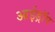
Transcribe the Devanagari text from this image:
आईड्रॉप